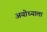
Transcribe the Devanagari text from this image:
अयोध्याला